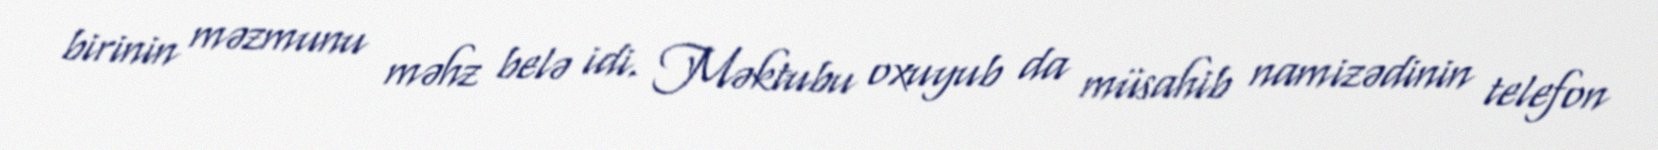
birinin məzmunu məhz belə idi. Məktubu oxuyub da müsahib namizədinin telefon